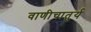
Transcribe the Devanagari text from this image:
वाणीचातुर्य